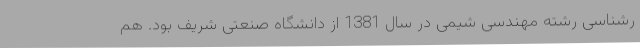
رشناسی رشته مهندسی شیمی در سال 1381 از دانشگاه صنعتی شریف بود. هم